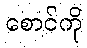
စောင်ကို